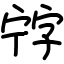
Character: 𡨸